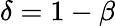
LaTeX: \delta=1-\beta